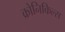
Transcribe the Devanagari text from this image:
क्रोनिकिल्स